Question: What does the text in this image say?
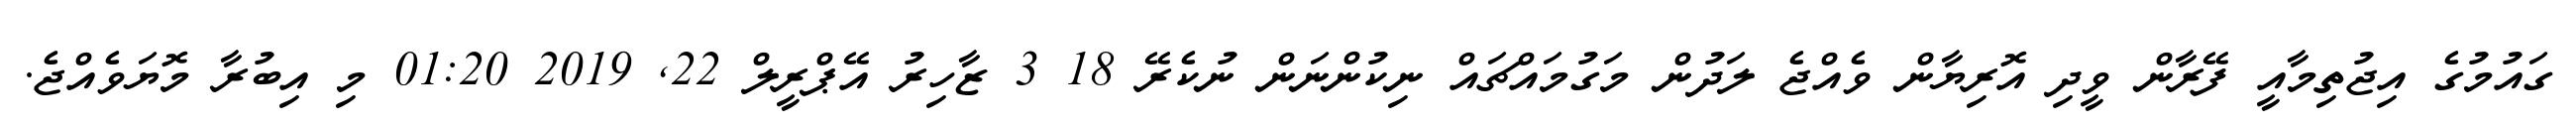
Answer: ގައުމުގެ އިޖުތިމާއީ ފޭރާން ވީދި އޮރިޔާން ވެއްޖެ ލަދުން މަގުމައްޗައް ނިކުންނަން ނުކެރޭ 18 3 ޒާހިރު އޭޕްރީލް 22, 2019 01:20 މި އިބުރާ މޮޔަވެއްޖެ.